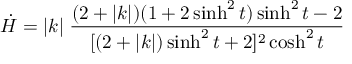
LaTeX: \dot { H } = | k | \; \frac { ( 2 + | k | ) ( 1 + 2 \sinh ^ { 2 } t ) \sinh ^ { 2 } t - 2 } { [ ( 2 + | k | ) \sinh ^ { 2 } t + 2 ] ^ { 2 } \cosh ^ { 2 } t }